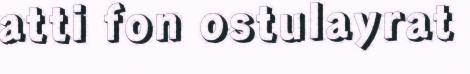
atti fon ostulayrat